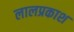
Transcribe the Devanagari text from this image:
लालप्रकाश